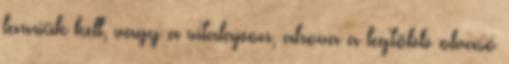
lenniük kell, vagy a vitalapon, ahova a legtöbb olvasó